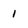
Character: 1